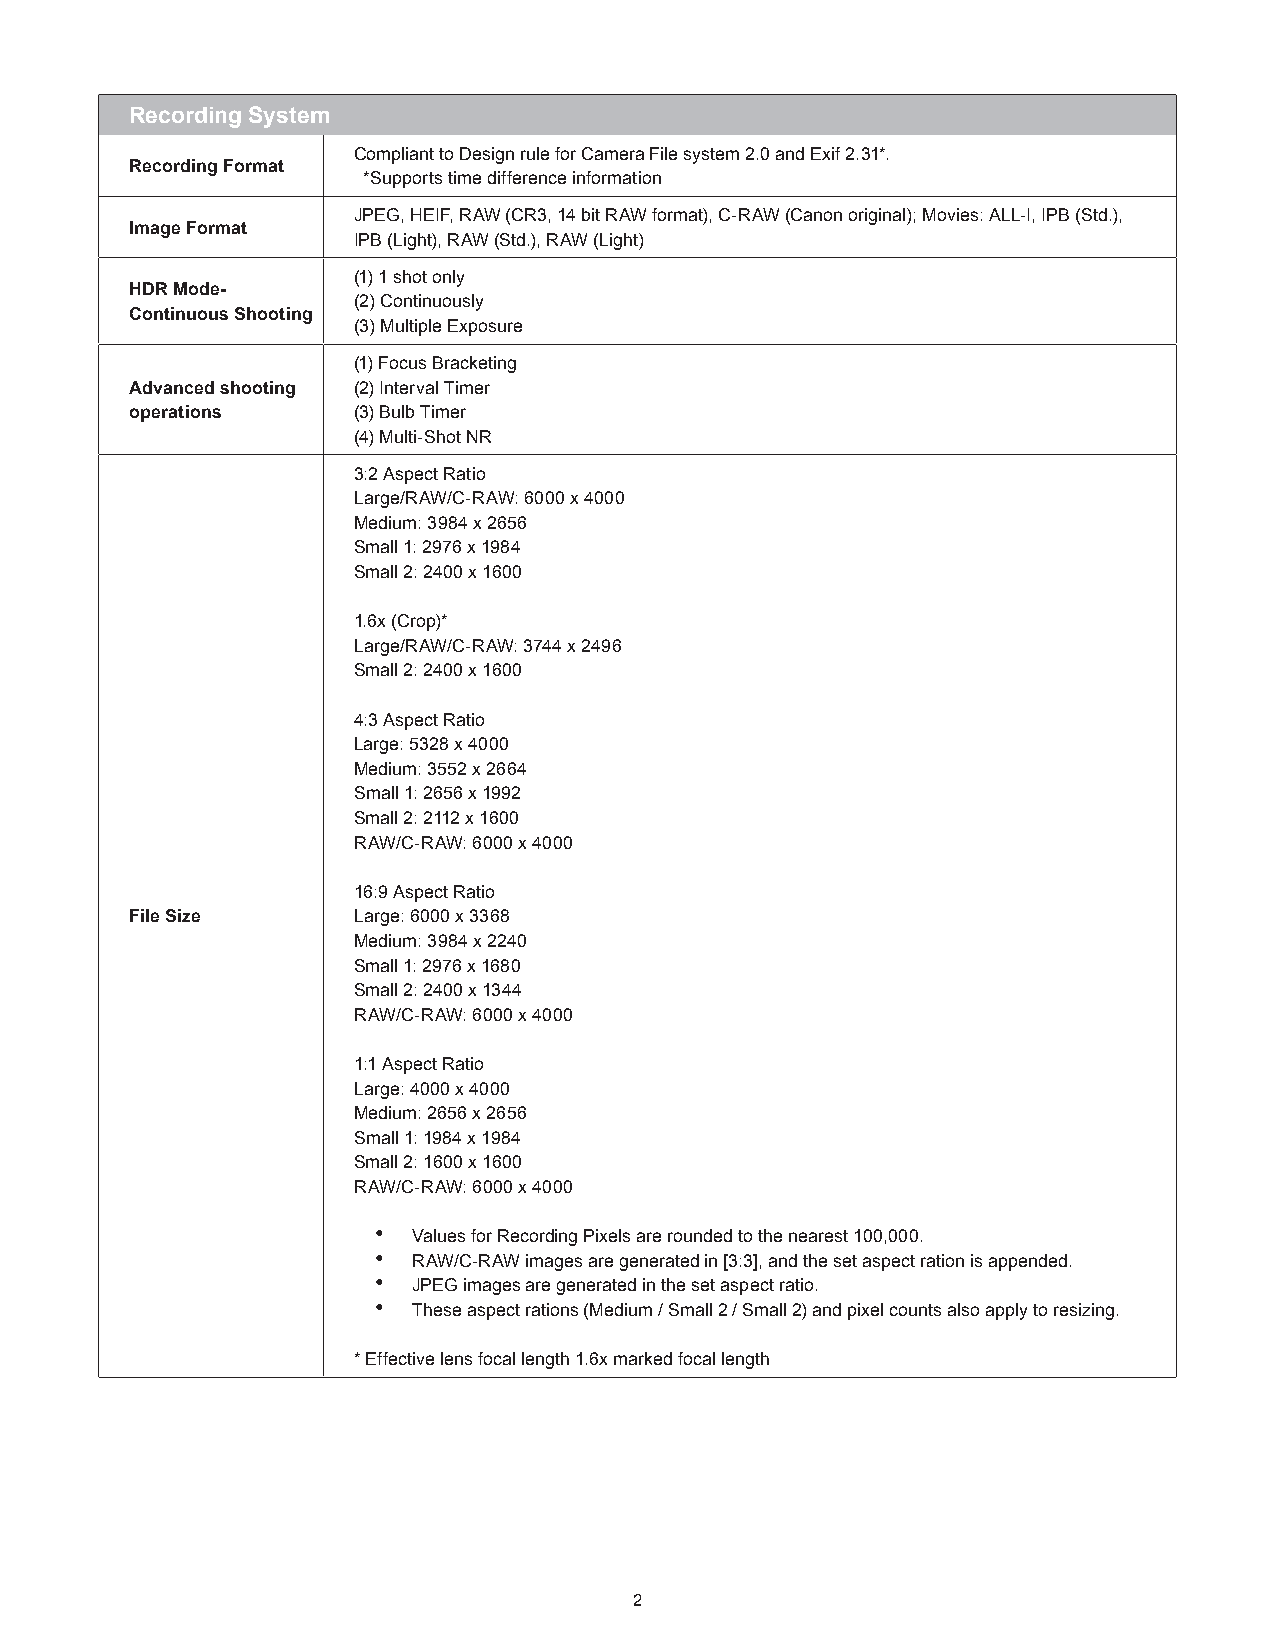
Recording System
 Compliant to Design rule for Camera File system 2.0 and Exif 2.31*.
 Recording Format
 *Supports time difference information
 JPEG, HEIF, RAW (CR3, 14 bit RAW format), C-RAW (Canon original); Movies: ALL-I, IPB (Std.),
 Image Format
 IPB (Light), RAW (Std.), RAW (Light)
 (1) 1 shot only
 HDR Mode-
 (2) Continuously
 Continuous Shooting
 (3) Multiple Exposure
 (1) Focus Bracketing
 Advanced shooting (2) Interval Timer
 operations    (3) Bulb Timer
 (4) Multi-Shot NR
 3:2 Aspect Ratio
 Large/RAW/C-RAW: 6000 x 4000
 Medium: 3984 x 2656
 Small 1: 2976 x 1984
 Small 2: 2400 x 1600
 1.6x (Crop)*
 Large/RAW/C-RAW: 3744 x 2496
 Small 2: 2400 x 1600
 4:3 Aspect Ratio
 Large: 5328 x 4000
 Medium: 3552 x 2664
 Small 1: 2656 x 1992
 Small 2: 2112 x 1600
 RAW/C-RAW: 6000 x 4000
 16:9 Aspect Ratio
 File Size     Large: 6000 x 3368
 Medium: 3984 x 2240
 Small 1: 2976 x 1680
 Small 2: 2400 x 1344
 RAW/C-RAW: 6000 x 4000
 1:1 Aspect Ratio
 Large: 4000 x 4000
 Medium: 2656 x 2656
 Small 1: 1984 x 1984
 Small 2: 1600 x 1600
 RAW/C-RAW: 6000 x 4000
 • Values for Recording Pixels are rounded to the nearest 100,000.
 • RAW/C-RAW images are generated in [3:3], and the set aspect ration is appended.
 • JPEG images are generated in the set aspect ratio.
 • These aspect rations (Medium / Small 2 / Small 2) and pixel counts also apply to resizing.
 * Effective lens focal length 1.6x marked focal length
 2